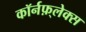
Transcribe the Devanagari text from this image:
कॉर्नफ़्लेक्स